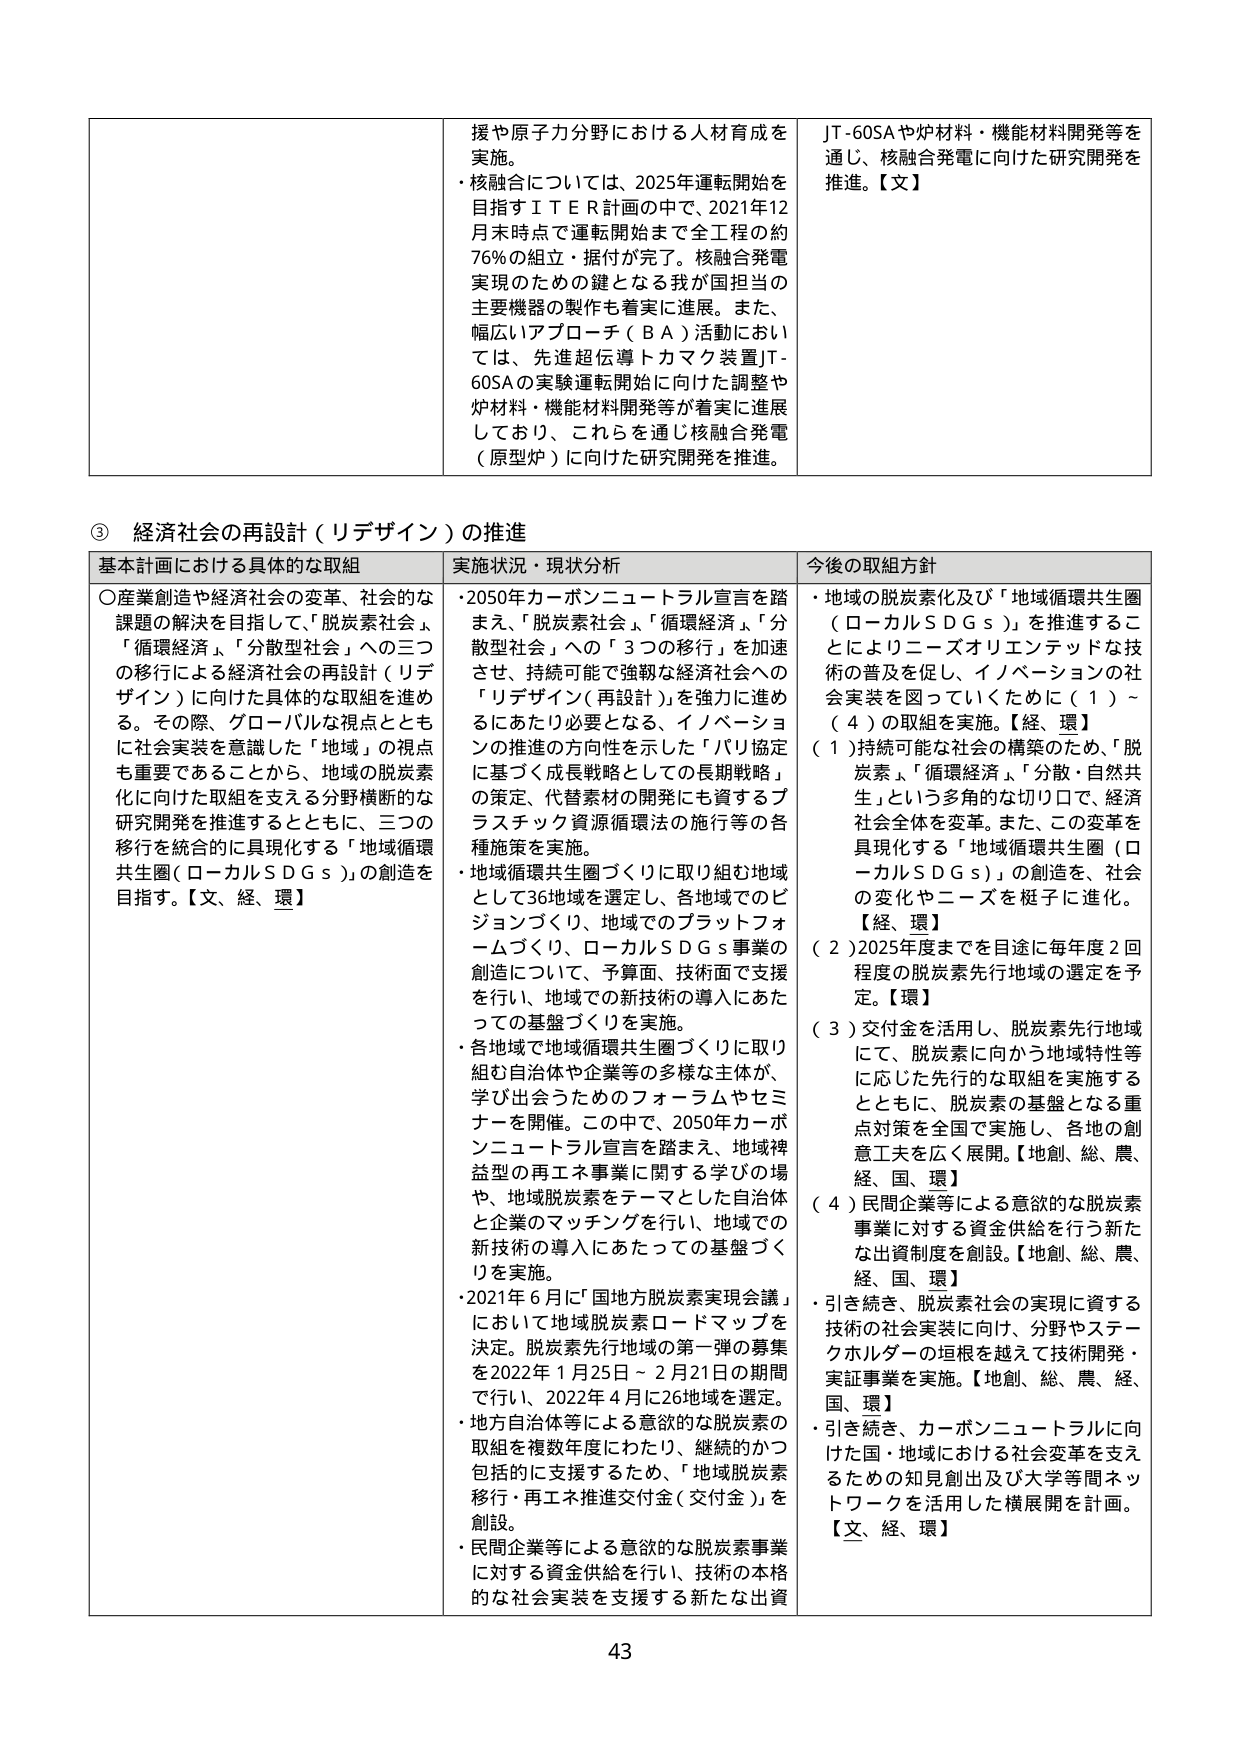
③ 経済社会の再設計（リデザイン）の推進

基本計画における具体的な取組
○産業創造や経済社会の変革、社会的な課題の解決を目指して、「脱炭素社会」、「循環経済」、「分散型社会」への三つの移行による経済社会の再設計（リデザイン）に向けた具体的な取組を進める。その際、グローバルな視点とともに社会実装を意識した「地域」の視点も重要であることから、地域の脱炭素化に向けた取組を支える分野横断的な研究開発を推進するとともに、三つの移行を統合的に具現化する「地域循環共生圏（ローカルＳＤＧｓ）」の創造を目指す。【文、経、環】

実施状況・現状分析
・2050年カーボンニュートラル宣言を踏まえ、「脱炭素社会」、「循環経済」、「分散型社会」への「3つの移行」を加速させ、持続可能で強靭な経済社会への「リデザイン（再設計）」を強力に進めるにあたり必要となる、イノベーションの推進の方向性を示した「パリ協定に基づく成長戦略としての長期戦略」の策定、代替素材の開発にも資するプラスチック資源循環法の施行等の各種施策を実施。
・地域循環共生圏づくりに取り組む地域として36地域を選定し、各地域でのビジョンづくり、地域でのプラットフォームづくり、ローカルＳＤＧｓ事業の創造について、予算面、技術面で支援を行い、地域での新技術の導入にあたっての基盤づくりを実施。
・各地域で地域循環共生圏づくりに取り組む自治体や企業等の多様な主体が、学び出会うためのフォーラムやセミナーを開催。この中で、2050年カーボンニュートラル宣言を踏まえ、地域裨益型の再エネ事業に関する学びの場や、地域脱炭素をテーマとした自治体と企業のマッチングを行い、地域での新技術の導入にあたっての基盤づくりを実施。
・2021年6月に「国地方脱炭素実現会議」において地域脱炭素ロードマップを決定。脱炭素先行地域の第一弾の募集を2022年1月25日～2月21日の期間で行い、2022年4月に26地域を選定。
・地方自治体等による意欲的な脱炭素の取組を複数年度にわたり、継続的かつ包括的に支援するため、「地域脱炭素移行・再エネ推進交付金（交付金）」を創設。
・民間企業等による意欲的な脱炭素事業に対する資金供給を行い、技術の本格的な社会実装を支援する新たな出資

今後の取組方針
・地域の脱炭素化及び「地域循環共生圏（ローカルＳＤＧｓ）」を推進することによりニーズオリエンテッドな技術の普及を促し、イノベーションの社会実装を図っていくために（1）～（4）の取組を実施。【経、環】
（1）持続可能な社会の構築のため、「脱炭素」、「循環経済」、「分散・自然共生」という多角的な切り口で、経済社会全体を変革。また、この変革を具現化する「地域循環共生圏（ローカルＳＤＧｓ）」の創造を、社会の変化やニーズを梃子に進化。【経、環】
（2）2025年度までを目途に毎年度2回程度の脱炭素先行地域の選定を予定。【環】
（3）交付金を活用し、脱炭素先行地域に応じた先行的な取組を実施するとともに、脱炭素の基盤となる重点対策を全国で実施し、各地の創意工夫を広く展開。【地創、総、農、経、国、環】
（4）民間企業等による意欲的な脱炭素事業に対する資金供給を行う新たな出資制度を創設。【地創、総、農、経、国、環】
・引き続き、脱炭素社会の実現に資する技術の社会実装に向け、分野やステークホルダーの垣根を越えて技術開発・実証事業を実施。【地創、総、農、経、国、環】
・引き続き、カーボンニュートラルに向けた国・地域における社会変革を支えるための知見創出及び大学等間ネットワークを活用した横展開を計画。【文、経、環】

43